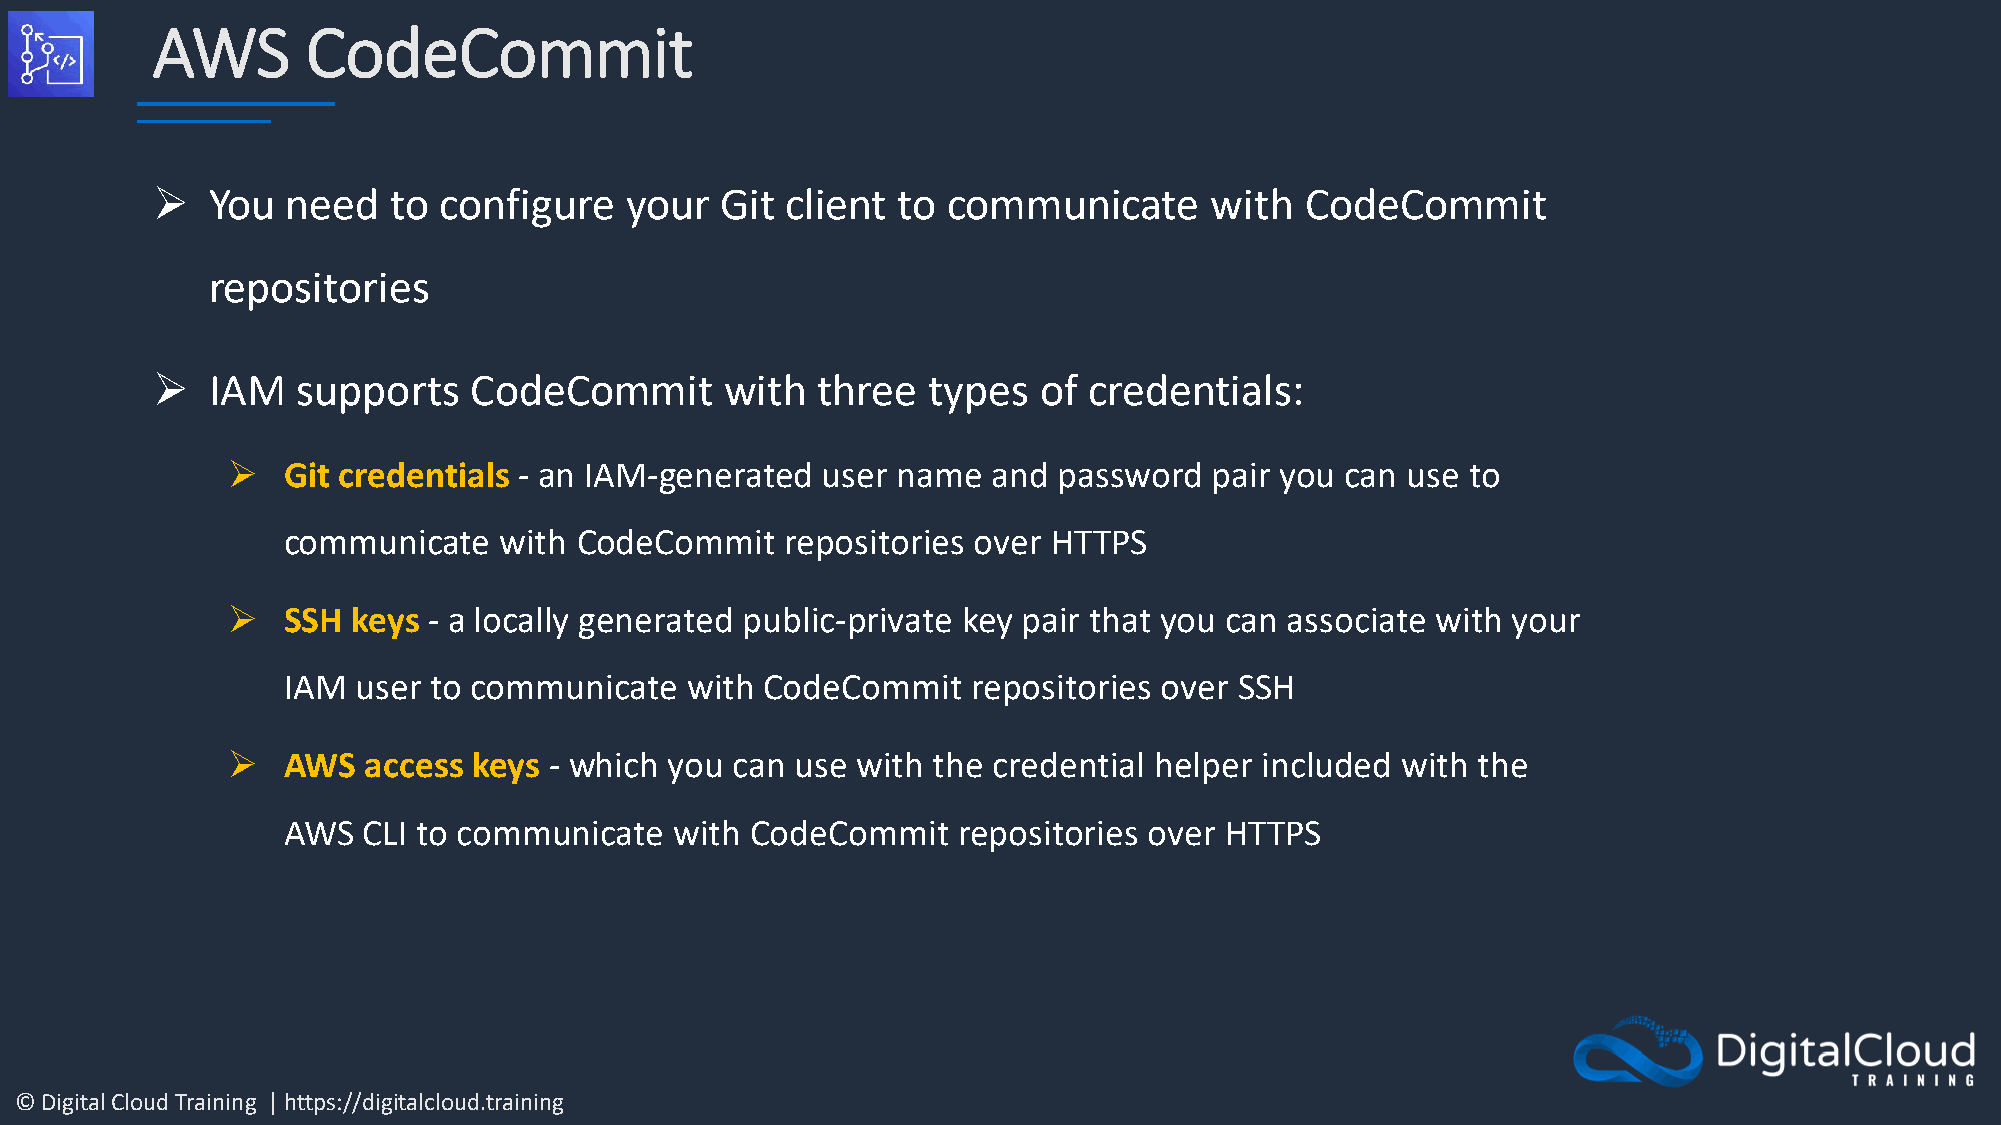
AWS       CodeCommit
 ➢   You  need   to configure   your   Git client to  communicate      with  CodeCommit
 repositories
 ➢   IAM   supports   CodeCommit       with  three  types   of credentials:
 ➢   Git credentials - an IAM-generated user name   and password  pair you can use to
 communicate   with CodeCommit    repositories over HTTPS
 ➢   SSH keys - a locally generated public-private key pair that you can associate with your
 IAM  user to communicate  with  CodeCommit   repositories over SSH
 ➢   AWS  access keys - which you  can use with the credential helper included with the
 AWS  CLI to communicate   with CodeCommit   repositories over HTTPS
 © Digital Cloud Training | https://digitalcloud.training